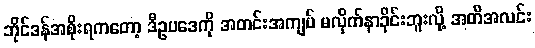
ဘိုင်ဒန်အစိုးရကတော့ ဒီဥပဒေကို အတင်းအကျပ် မလိုက်နာခိုင်းဘူးလို့ အတိအလင်း